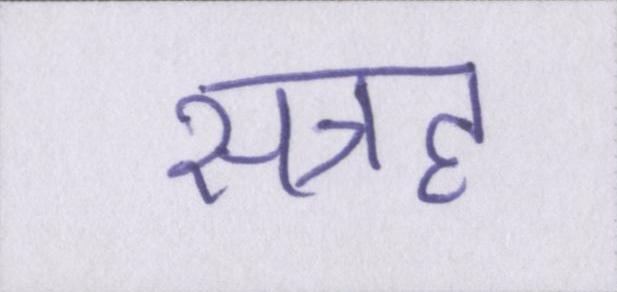
सत्रह